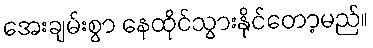
အေးချမ်းစွာ နေထိုင်သွားနိုင်တော့မည်။